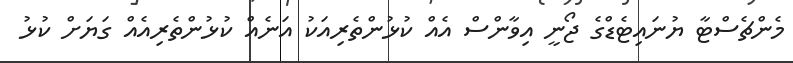
މެންޗެސްޓާ ޔުނައިޓެޑްގެ ޖޯނީ އިވާންސް އެއް ކުޅުންތެރިއަކު އަނެއް ކުުޅުންތެރިއެއް ގަޔަށް ކުޅު